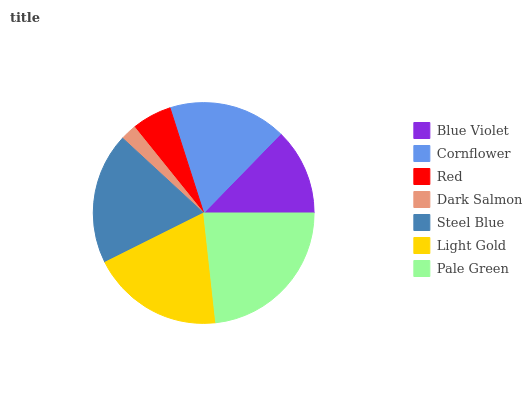
| Blue Violet | Cornflower | Red | Dark Salmon | Steel Blue | Light Gold | Pale Green |
 | --- | --- | --- | --- | --- | --- | --- |
 | 12.7% | 17.2% | 5.86% | 2.35% | 19.3% | 19.4% | 23.2% |